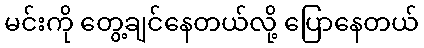
မင်းကို တွေ့ချင်နေတယ်လို့ ပြောနေတယ်